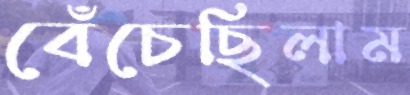
বেঁচেছিলাম